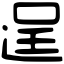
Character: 逞